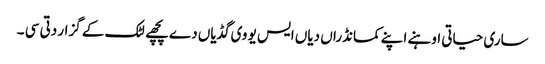
ساری حیاتی اوہنے اپنے کمانڈراں دیاں ایس یو وی گڈیاں دے پچھے لٹک کے گزار دتی سی ۔